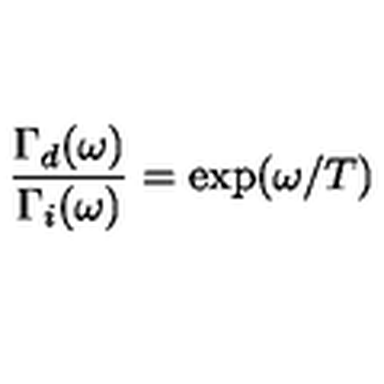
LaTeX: \frac { \Gamma _ { d } ( \omega ) } { \Gamma _ { i } ( \omega ) } = \exp ( \omega / T )